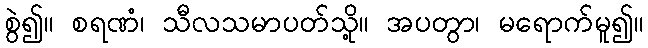
စွဲ၍။ စရဏံ၊ သီလသမာပတ်သို့။ အပတွာ၊ မရောက်မူ၍။